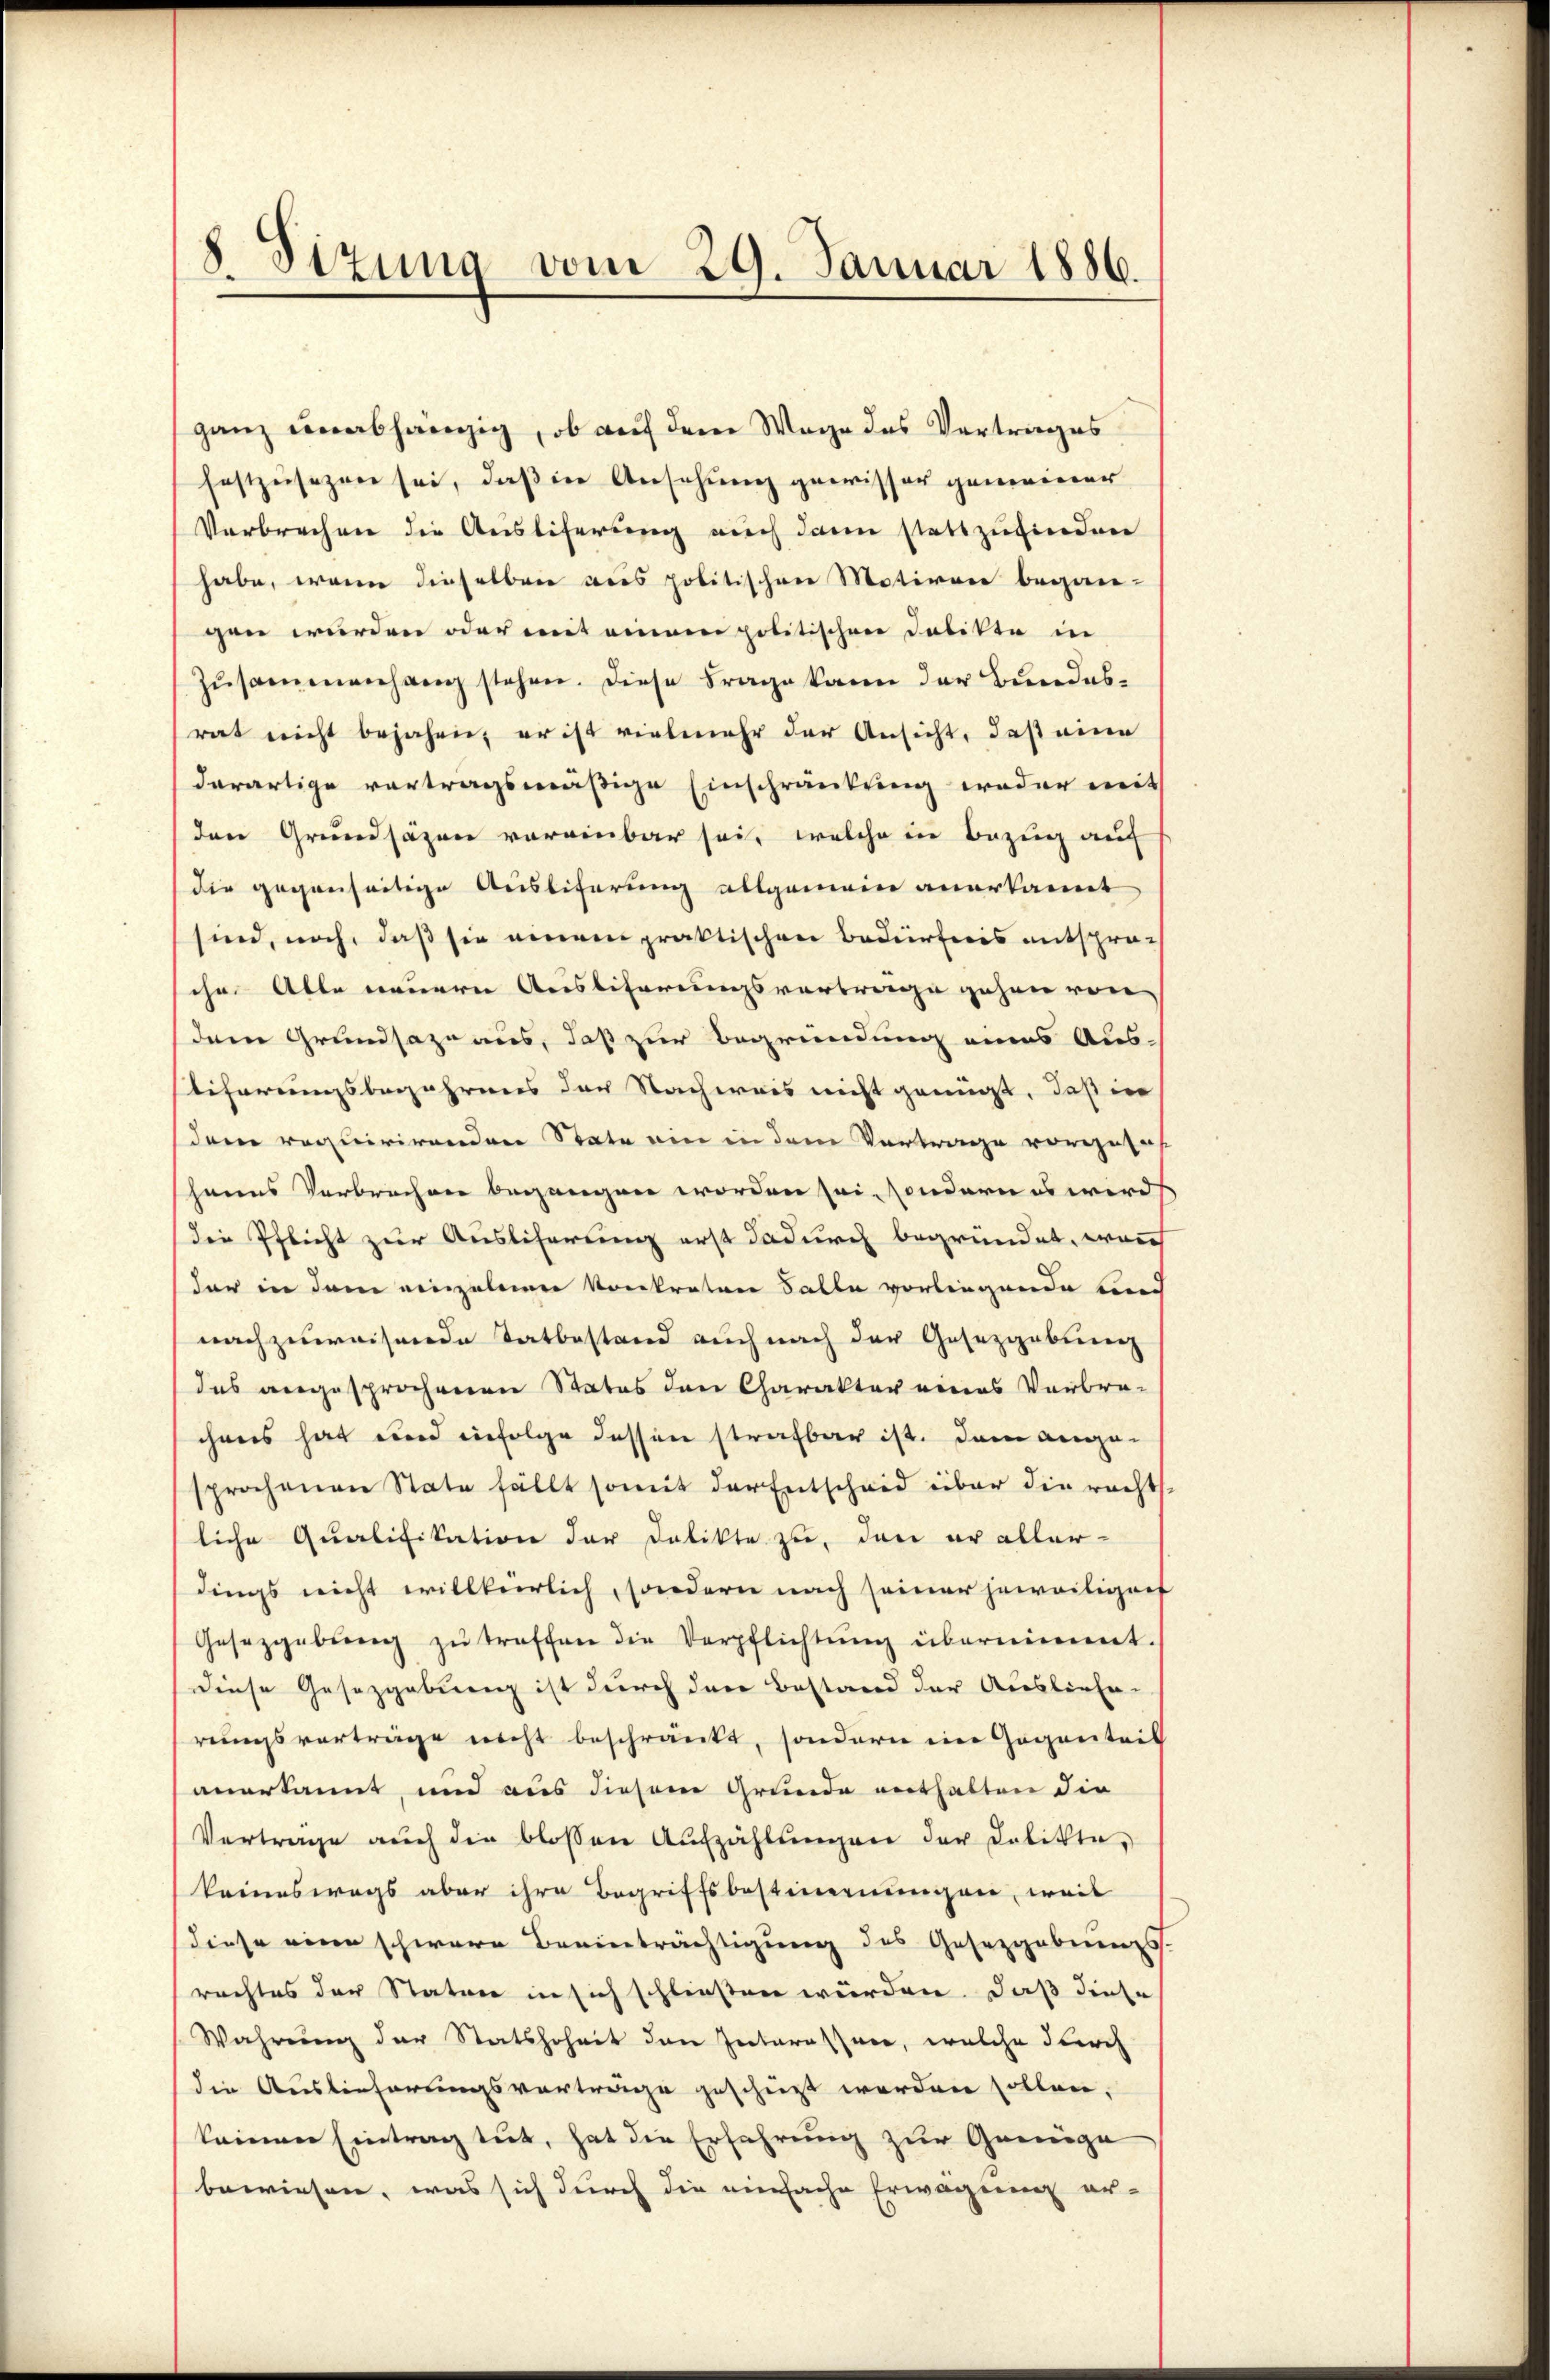
8. Sizung vom 29. Januar 1886.

ganz unabhängig, ob auf dem Wege des Vertrages
festzŭsezen sei, daß in Ansehung gewisser gemeiner
Verbrechen die Auslieferung auch dann stattzufinden
habe, wenn dieselben aus politischen Motiven began-
gen wurden oder mit einem politischen Dabikte in
Zusammenhang stehen. Diese Frage kann der Bundesrat nicht bejahen, er ist vielmehr der Ansicht, daß eine
derartige vortragsmäßige Einschränkung weder mit
den Grundsäzen voreinbar sei, welche in Bezug auf
die gegenseitige Ausliferung allgemein anerkannt
sind, noch, daß sie einem praktischen Bedürfnis entsproch
sche Alle neuern Ausliferungsvortrage gehen von
(dem Grundsaze aus, daß zur Begründung eines Aus-
liferungsbegehrens der Nachweis nicht genügt, daß in
(dem requirirenden State am in dem Vortrage vorgese
hanes Verbrechen begangen worden sei, sondern es wird
Die Pflicht zur Ausliferung erst dadurch begründet, wenn
dar in dem einzelnen konkretene Salle vorliegende Bund
nachzuweisende Tatbestand auch nach der Gesetzgebung
das angesprochenen Status den Charakter eines Verbre-
chens hat und infolge dessen strafbar ist. Dem ange-
sprochenen State fällt somit der Entscheid über die racht
liche Qualifikation der Delikte zu, den er aller-
dings nicht willkürlich, sondern nach seiner jeweiliger
Gesezgabŭng zŭ treffen die Verpflichtŭng übernimmt.
(Diese Gesetzgebung ist durch den Bestand der Ausliefe-
rungsvorträge nicht beschränkt, sondern ein Gegentris
anerkannt, und aus diesem Grunde enthalten die
Vertrage aŭch die blossen Aufzählŭngen der Delikte,
keineswegs aber ihre Begriffsbestimmungen, weil
diese eine schwere Beeinträchtigung des Gesetzgebungs-
rachtes der Statur in sich schließen würden. Daß diese
Wahrung der Statshoheit den Interessen, welche durch
die Auslieferungsvorträge geschüzt worden sollen.
keinen Eintrag tut, hat die Erfahrung zur Genüge
bewiesen, was sich durch die einfache Erwägung er-